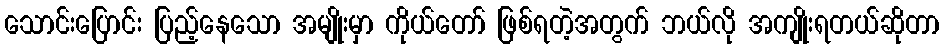
သောင်းပြောင်း ပြည့်နေသော အမျိုးမှာ ကိုယ်တော် ဖြစ်ရတဲ့အတွက် ဘယ်လို အကျိုးရတယ်ဆိုတာ